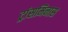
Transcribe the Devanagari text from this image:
ट्रांसमिनास